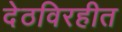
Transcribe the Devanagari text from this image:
देठविरहीत